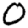
Digit: 0